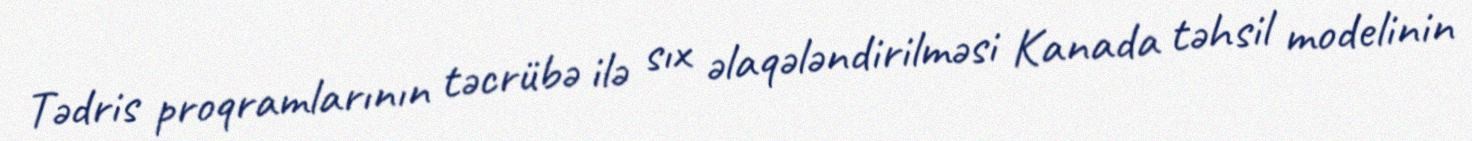
Tədris proqramlarının təcrübə ilə sıx əlaqələndirilməsi Kanada təhsil modelinin